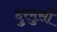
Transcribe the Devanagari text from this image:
दुरमुसों